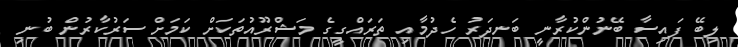
ލިބޭ ފައިސާ ބޭނުންކުރާނީ ބަނދަރު ހެދުމާއި ތަރައްގީގެ މަޝްރޫއުތަކަށް ކަމަށް ސަރުކާރުން ބުނި